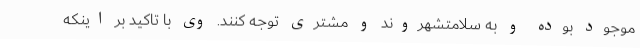
موجود بوده و به سلامتشهروند و مشتری توجه کنند. وی با تاکید بر اینکه